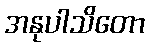
အနုပါသိတော